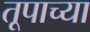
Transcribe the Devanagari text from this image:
तूपाच्या